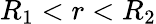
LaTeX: R_{1}<r<R_{2}